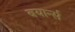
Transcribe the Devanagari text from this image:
बयार्न्स